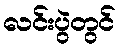
လင်းပွဲတွင်